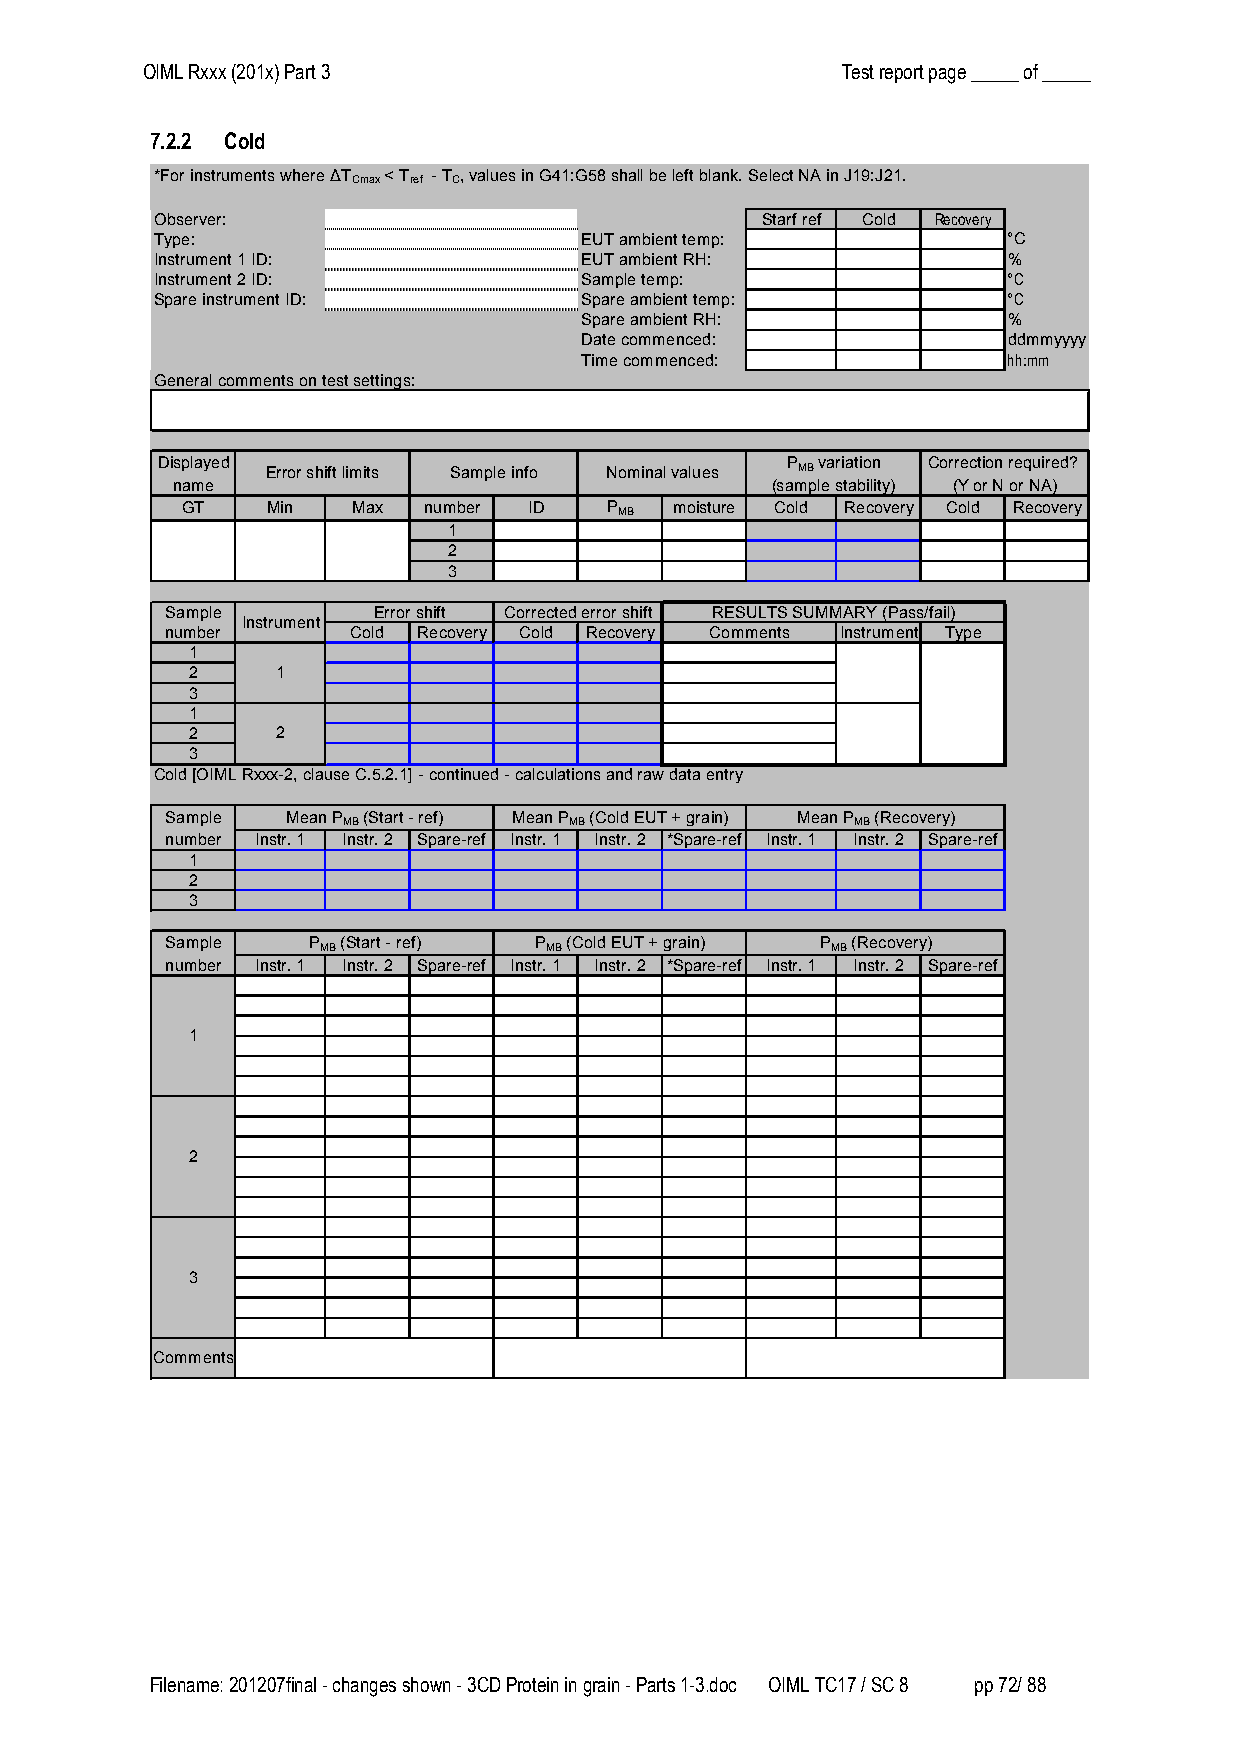
OIML Rxxx (201x) Part 3                        Test report page _____ of _____
 7.2.2 Cold
 *For instruments where ΔT < T - T , values in G41:G58 shall be left blank. Select NA in J19:J21.
 Cmax ref C
 Observer:                               Starf ref Cold Recovery
 Type:                       EUT ambient temp:            °C
 Instrument 1 ID:            EUT ambient RH:              %
 Instrument 2 ID:            Sample temp:                 °C
 Spare instrument ID:        Spare ambient temp:          °C
 Spare ambient RH:            %
 Date commenced:              ddmmyyyy
 Time commenced:              hh:mm
 General comments on test settings:
 Displayed                                 P variation Correction required?
 Error shift limits Sample info Nominal values MB
 name                                    (sample stability) (Y or N or NA)
 GT    Min  Max  number ID   P MB moisture Cold Recovery Cold Recovery
 1
 2
 3
 Sample        Error shift Corrected error shift RESULTS SUMMARY (Pass/fail)
 Instrument
 number      Cold Recovery Cold Recovery Comments Instrument Type
 1
 2    1
 3
 1
 2    2
 3
 Cold [OIML Rxxx-2, clause C.5.2.1] - continued - calculations and raw data entry
 Sample  Mean P (Start - ref) Mean P (Cold EUT + grain) Mean P (Recovery)
 MB             MB                MB
 number Instr. 1 Instr. 2 Spare-ref Instr. 1 Instr. 2 *Spare-ref Instr. 1 Instr. 2 Spare-ref
 1
 2
 3
 Sample   P  (Start - ref) P (Cold EUT + grain) P (Recovery)
 MB             MB                 MB
 number Instr. 1 Instr. 2 Spare-ref Instr. 1 Instr. 2 *Spare-ref Instr. 1 Instr. 2 Spare-ref
 1
 2
 3
 Comments
 Filename: 201207final - changes shown - 3CD Protein in grain - Parts 1-3.doc OIML TC17 / SC 8 pp 72/ 88